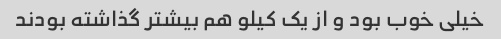
خیلی خوب بود و از یک کیلو هم بیشتر گذاشته بودند